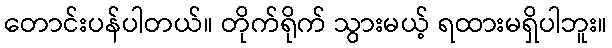
တောင်းပန်ပါတယ်။ တိုက်ရိုက် သွားမယ့် ရထားမရှိပါဘူး။